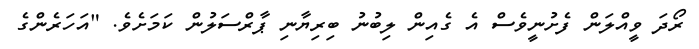
ރޯދަ ވީއްލަން ފެށުނީވެސް އެ ގެއިން ލިބުނު ބިރިޔާނި ޕާރްސަލުން ކަމަށެވެ. "އަހަރެންގެ